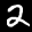
Label: 2